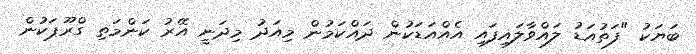
ބަޔަކު "ފަތުއަޑު ލައްވާލައިފައި އެއްއަޑަކުން ދައްކަމުން މިއަދު މިދަނީ އޭރު ކަންމަތި ގްރޫޕަކުން